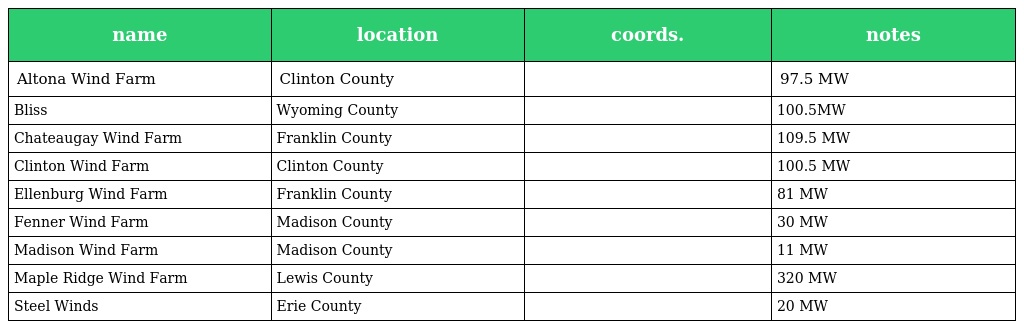
| name | location | coords. | notes |
 | --- | --- | --- | --- |
 | Altona Wind Farm | Clinton County |  | 97.5 MW |
 | Bliss | Wyoming County |  | 100.5MW |
 | Chateaugay Wind Farm | Franklin County |  | 109.5 MW |
 | Clinton Wind Farm | Clinton County |  | 100.5 MW |
 | Ellenburg Wind Farm | Franklin County |  | 81 MW |
 | Fenner Wind Farm | Madison County |  | 30 MW |
 | Madison Wind Farm | Madison County |  | 11 MW |
 | Maple Ridge Wind Farm | Lewis County |  | 320 MW |
 | Steel Winds | Erie County |  | 20 MW |